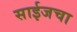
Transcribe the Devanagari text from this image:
साईजचा